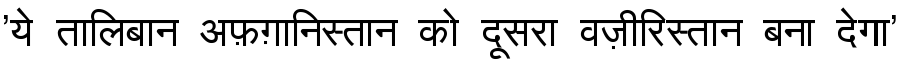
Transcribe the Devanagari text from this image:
'ये तालिबान अफ़ग़ानिस्तान को दूसरा वज़ीरिस्तान बना देगा'